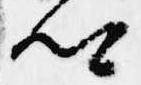
卿